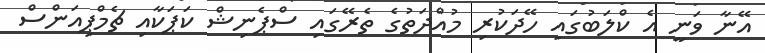
އޭނާ ވަނީ އެ ކްލަބުގައި ހޭދަކުރި މުއްދަތުގެ ތެރޭގައި ސްޕެނިޝް ކަޕަކާއި ޗެމްޕިއަންސް